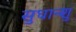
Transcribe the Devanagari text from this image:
सुधान्शु